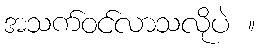
အသက်ဝင်လာသလိုပဲ ။